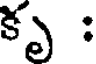
కృ :